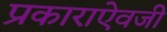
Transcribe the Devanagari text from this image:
प्रकाराऐवजी